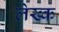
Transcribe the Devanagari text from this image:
लेख्क